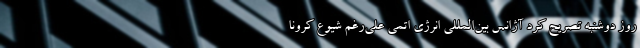
روز دوشنبه تصریح کرد آژانس بین‌المللی انرژی اتمی علی‌رغم شیوع کرونا